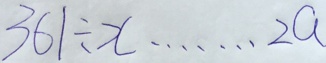
3 6 1 \div x \cdots 2 a